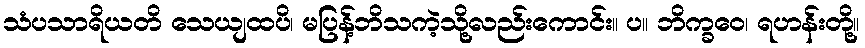
သံပသာရိယတိ သေယျထပိ၊ မပြန့်ဘိသကဲ့သို့လည်းကောင်း။ ပ။ ဘိက္ခဝေ၊ ရဟန်းတို့။